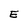
Character: E